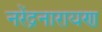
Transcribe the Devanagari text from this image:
नरेंद्रनारायण